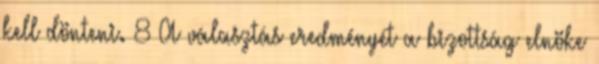
kell dönteni. 8 A választás eredményét a bizottság elnöke